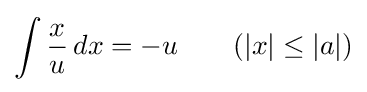
\int {\frac {x}{u}}\,dx=-u\qquad {\mbox{(}}|x|\leq |a|{\mbox{)}}